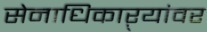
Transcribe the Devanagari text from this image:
सेनाधिकाऱ्यांवर